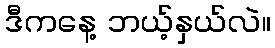
ဒီကနေ့ ဘယ့်နှယ်လဲ။